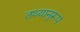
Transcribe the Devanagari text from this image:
तथ्यानुरूप